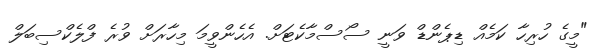
"މީގެ ހުރިހާ ކަމެއް ޑިޕެންޑް ވަނީ ސޯސްމާކެޓަށް. އެހެންވީމަ މިހާރަށް ވުރެ ފްލެކްސިބަލް